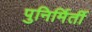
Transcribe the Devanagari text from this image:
पुनिर्मिर्ती